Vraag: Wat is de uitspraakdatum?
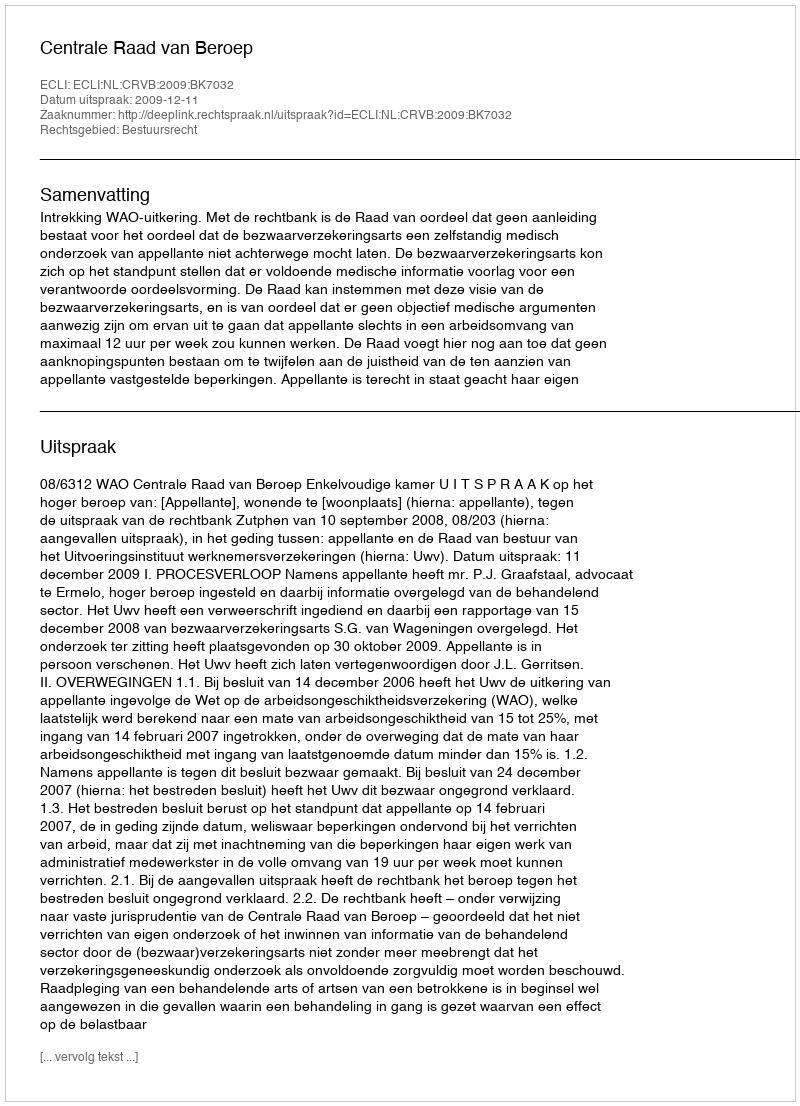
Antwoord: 2009-12-11